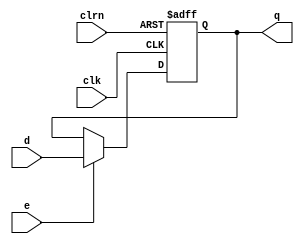
module dffe32(d,clk,clrn,e,q);
    input [31:0] d;
    input clk,clrn,e;
    output reg [31:0] q;

    always @(negedge clrn or posedge clk) begin
        if(!clrn) q <= 32'd0; //clrn==0 -> clear <q> 
        else if (e) q <= d; //e==1 -> <d>(data in)write2 <q>
    end
endmodule // dffe32